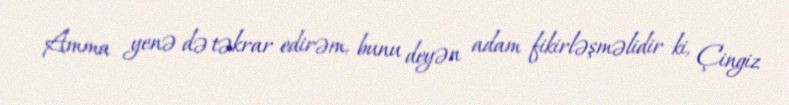
Amma yenə də təkrar edirəm, bunu deyən adam fikirləşməlidir ki, Çingiz